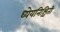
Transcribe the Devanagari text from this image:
ध्येयनिश्चिती